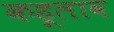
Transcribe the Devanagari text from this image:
कहूलाव